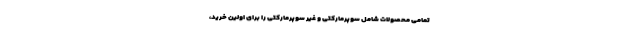
تمامی محصولات شامل سوپرمارکتی و غیر سوپرمارکتی را برای اولین خرید،